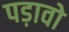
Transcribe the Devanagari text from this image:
पड़ावो